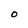
Character: O